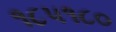
૧૮૫૧૮૦